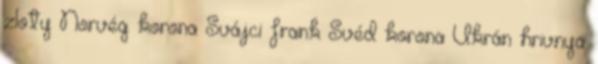
zloty Norvég korona Svájci frank Svéd korona Ukrán hrivnya